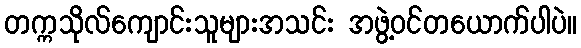
တက္ကသိုလ်ကျောင်းသူများအသင်း အဖွဲ့ဝင်တယောက်ပါပဲ။